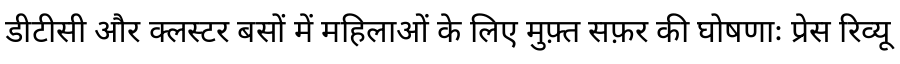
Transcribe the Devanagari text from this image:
डीटीसी और क्लस्टर बसों में महिलाओं के लिए मुफ़्त सफ़र की घोषणाः प्रेस रिव्यू